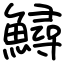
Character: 鱘